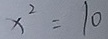
x ^ { 2 } = 1 0